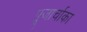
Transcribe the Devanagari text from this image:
पूजार्चाका